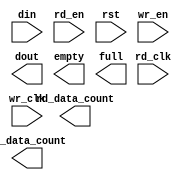
module fifo_xlnx_2Kx36_2clk(
	din,
	rd_clk,
	rd_en,
	rst,
	wr_clk,
	wr_en,
	dout,
	empty,
	full,
	rd_data_count,
	wr_data_count);


input [35 : 0] din;
input rd_clk;
input rd_en;
input rst;
input wr_clk;
input wr_en;
output [35 : 0] dout;
output empty;
output full;
output [11 : 0] rd_data_count;
output [11 : 0] wr_data_count;

// synthesis translate_off

      FIFO_GENERATOR_V4_3 #(
		.C_COMMON_CLOCK(0),
		.C_COUNT_TYPE(0),
		.C_DATA_COUNT_WIDTH(12),
		.C_DEFAULT_VALUE("BlankString"),
		.C_DIN_WIDTH(36),
		.C_DOUT_RST_VAL("0"),
		.C_DOUT_WIDTH(36),
		.C_ENABLE_RLOCS(0),
		.C_FAMILY("spartan3"),
		.C_FULL_FLAGS_RST_VAL(1),
		.C_HAS_ALMOST_EMPTY(0),
		.C_HAS_ALMOST_FULL(0),
		.C_HAS_BACKUP(0),
		.C_HAS_DATA_COUNT(0),
		.C_HAS_INT_CLK(0),
		.C_HAS_MEMINIT_FILE(0),
		.C_HAS_OVERFLOW(0),
		.C_HAS_RD_DATA_COUNT(1),
		.C_HAS_RD_RST(0),
		.C_HAS_RST(1),
		.C_HAS_SRST(0),
		.C_HAS_UNDERFLOW(0),
		.C_HAS_VALID(0),
		.C_HAS_WR_ACK(0),
		.C_HAS_WR_DATA_COUNT(1),
		.C_HAS_WR_RST(0),
		.C_IMPLEMENTATION_TYPE(2),
		.C_INIT_WR_PNTR_VAL(0),
		.C_MEMORY_TYPE(1),
		.C_MIF_FILE_NAME("BlankString"),
		.C_MSGON_VAL(1),
		.C_OPTIMIZATION_MODE(0),
		.C_OVERFLOW_LOW(0),
		.C_PRELOAD_LATENCY(0),
		.C_PRELOAD_REGS(1),
		.C_PRIM_FIFO_TYPE("2kx18"),
		.C_PROG_EMPTY_THRESH_ASSERT_VAL(4),
		.C_PROG_EMPTY_THRESH_NEGATE_VAL(5),
		.C_PROG_EMPTY_TYPE(0),
		.C_PROG_FULL_THRESH_ASSERT_VAL(2047),
		.C_PROG_FULL_THRESH_NEGATE_VAL(2046),
		.C_PROG_FULL_TYPE(0),
		.C_RD_DATA_COUNT_WIDTH(12),
		.C_RD_DEPTH(2048),
		.C_RD_FREQ(1),
		.C_RD_PNTR_WIDTH(11),
		.C_UNDERFLOW_LOW(0),
		.C_USE_DOUT_RST(1),
		.C_USE_ECC(0),
		.C_USE_EMBEDDED_REG(0),
		.C_USE_FIFO16_FLAGS(0),
		.C_USE_FWFT_DATA_COUNT(1),
		.C_VALID_LOW(0),
		.C_WR_ACK_LOW(0),
		.C_WR_DATA_COUNT_WIDTH(12),
		.C_WR_DEPTH(2048),
		.C_WR_FREQ(1),
		.C_WR_PNTR_WIDTH(11),
		.C_WR_RESPONSE_LATENCY(1))
	inst (
		.DIN(din),
		.RD_CLK(rd_clk),
		.RD_EN(rd_en),
		.RST(rst),
		.WR_CLK(wr_clk),
		.WR_EN(wr_en),
		.DOUT(dout),
		.EMPTY(empty),
		.FULL(full),
		.RD_DATA_COUNT(rd_data_count),
		.WR_DATA_COUNT(wr_data_count),
		.CLK(),
		.INT_CLK(),
		.BACKUP(),
		.BACKUP_MARKER(),
		.PROG_EMPTY_THRESH(),
		.PROG_EMPTY_THRESH_ASSERT(),
		.PROG_EMPTY_THRESH_NEGATE(),
		.PROG_FULL_THRESH(),
		.PROG_FULL_THRESH_ASSERT(),
		.PROG_FULL_THRESH_NEGATE(),
		.RD_RST(),
		.SRST(),
		.WR_RST(),
		.ALMOST_EMPTY(),
		.ALMOST_FULL(),
		.DATA_COUNT(),
		.OVERFLOW(),
		.PROG_EMPTY(),
		.PROG_FULL(),
		.VALID(),
		.UNDERFLOW(),
		.WR_ACK(),
		.SBITERR(),
		.DBITERR());


// synthesis translate_on

// XST black box declaration
// box_type "black_box"
// synthesis attribute box_type of fifo_xlnx_2Kx36_2clk is "black_box"

endmodule